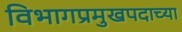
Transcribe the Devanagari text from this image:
विभागप्रमुखपदाच्या